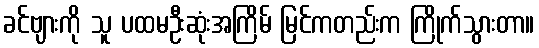
ခင်ဗျားကို သူ ပထမဦးဆုံးအကြိမ် မြင်ကတည်းက ကြိုက်သွားတာ။